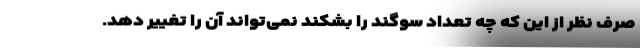
صرف نظر از این که چه تعداد سوگند را بشکند نمی‌تواند آن را تغییر دهد.